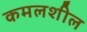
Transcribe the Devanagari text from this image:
कमलशील